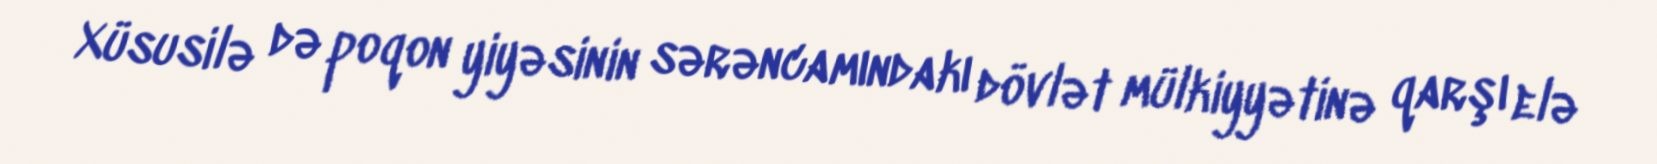
Xüsusilə də poqon yiyəsinin sərəncamındakı dövlət mülkiyyətinə qarşı elə